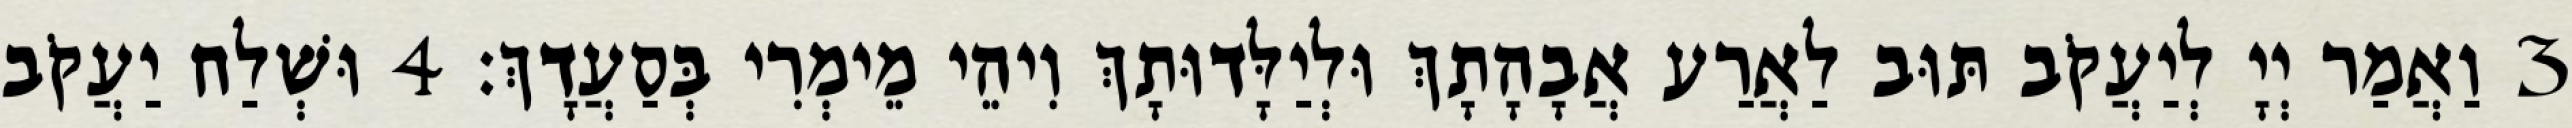
3 וַאֲמַר יְיָ לְיַעֲקֹב תּוּב לַאֲרַע אֲבָהָתָךְ וּלְיַלָּדוּתָךְ וִיהֵי מֵימְרִי בְּסַעֲדָךְ׃ 4 וּשְׁלַח יַעֲקֹב